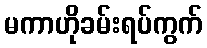
မကာဟိုခမ်းရပ်ကွက်